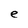
Character: e